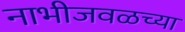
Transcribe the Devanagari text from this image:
नाभीजवळच्या